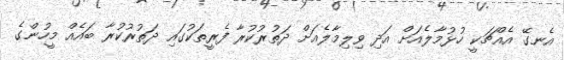
އެނގޭ އެއްޗަކީ ހުޅުމާލެއަށް އަދި ވިލިމާލެއަށް ދަތުރުކުރާ ފެރީތަކުގައި ދަތުރުކުރާ ބައެއް މީހުންގެ